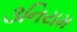
૩નિયમ